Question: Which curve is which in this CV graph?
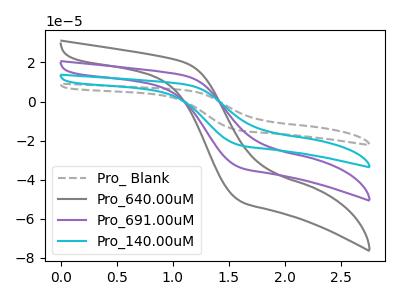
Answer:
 <answer>The gray dashed curve is labeled "Pro_ Blank". The gray curve is labeled "Pro_640.00uM". The purple curve is labeled "Pro_691.00uM". The cyan curve is labeled "Pro_140.00uM".</answer>
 <eval></eval>